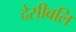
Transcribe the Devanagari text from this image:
देसीबलि